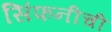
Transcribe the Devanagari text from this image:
सिंफनीची